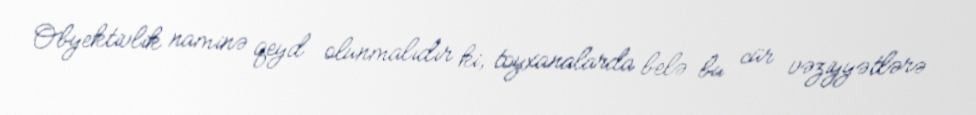
Obyektivlik naminə qeyd olunmalıdır ki, toyxanalarda belə bu cür vəziyyətlərə